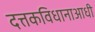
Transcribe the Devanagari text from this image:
दत्तकविधानाआधी